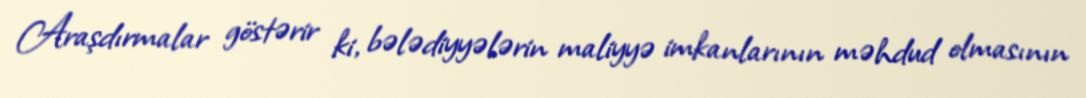
Araşdırmalar göstərir ki, bələdiyyələrin maliyyə imkanlarının məhdud olmasının